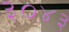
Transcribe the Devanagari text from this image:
३०४३